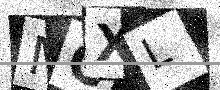
Text: MCXL